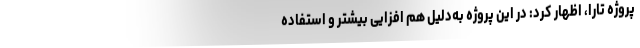
پروژه تارا، اظهار کرد: در این پروژه به‌دلیل هم افزایی بیشتر و استفاده